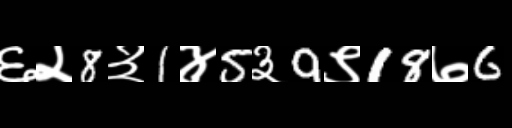
Text: ६२8३1४5३9९18७6